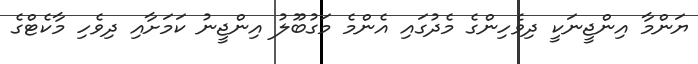
ޔަންމާ އިންޖީނަކީ ދިވެހިންގެ މެދުގައި އެންމެ މަގުބޫލު އިންޖީނު ކަމަށާއި ދިވެހި މާކެޓްގެ